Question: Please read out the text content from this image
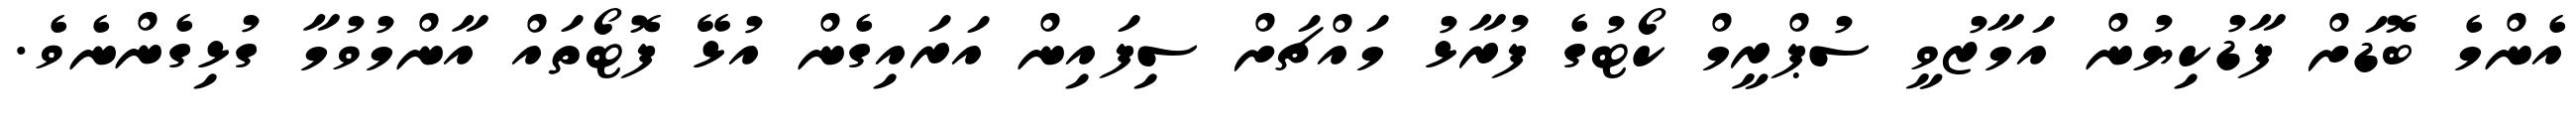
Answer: އެންމެ ބޮޑަށް ފާޑުކިޔުން އަމާޒުވީ ސުޕްރީމް ކޯޓުގެ ފުރާޅު މައްޗަށް ސިފައިން އަރައިގެން އުޅޭ ފޮޓޯތައް އާންމުވުމާ ގުޅިގެންނެވެ.